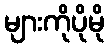
များကိုပိုမို